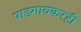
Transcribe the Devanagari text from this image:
पाडगावकरही